Papers set at the Examination for Leaving Certificates, 1895
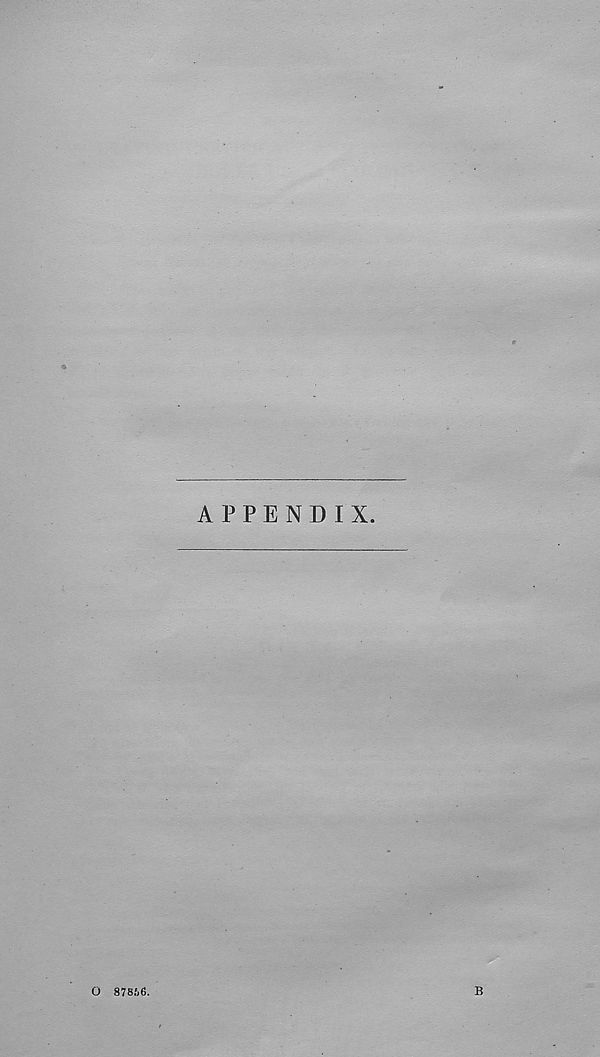
APPENDIX.
O 878.‘j6.
B